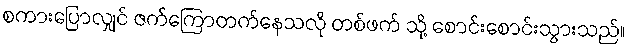
စကားပြောလျှင် ဇက်ကြောတက်နေသလို တစ်ဖက် သို့ စောင်းစောင်းသွားသည်။